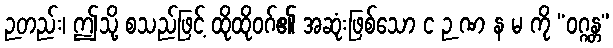
ဉတည်း၊ ဤသို့ စသည်ဖြင့် ထိုထိုဝဂ်၏ အဆုံးဖြစ်သော င ဉ ဏ န မ ကို “ဝဂ္ဂန္တ”